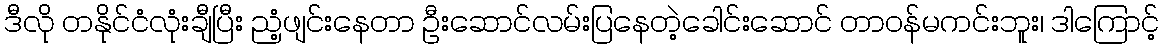
ဒီလို တနိုင်ငံလုံးချီပြီး ညံ့ဖျင်းနေတာ ဦးဆောင်လမ်းပြနေတဲ့ခေါင်းဆောင် တာဝန်မကင်းဘူး၊ ဒါကြောင့်